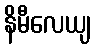
နိမီလေယျ